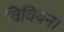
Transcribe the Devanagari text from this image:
विवियन।